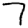
Digit: 7